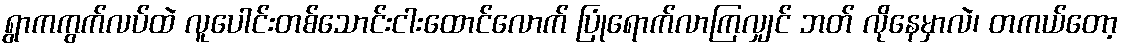
ရွာကကွက်လပ်ထဲ လူပေါင်းတစ်သောင်းငါးထောင်လောက် ပြုံရောက်လာကြလျှင် ဘတ် လိုနေမှာလဲ၊ တကယ်တော့